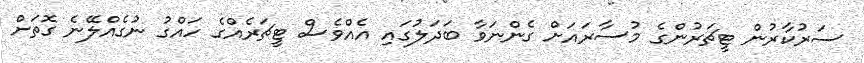
ސަރުކާރުން ޓީޗަރުންގެ މުސާރައަށް ގެންނަވާ ބަދަލުގައި އެއްވެސް ޓީޗަރެއްގެ ހައްގު ނުގެއްލޭނެ ގޮތަށް